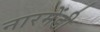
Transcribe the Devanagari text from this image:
नारमेंडी